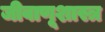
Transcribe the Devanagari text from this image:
जीवाणूशास्त्र